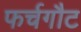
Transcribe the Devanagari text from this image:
फर्चगौट